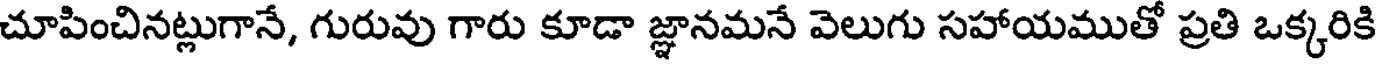
చూపించినట్లుగానే, గురువు గారు కూడా జ్ఞానమనే వెలుగు సహాయముతో ప్రతి ఒక్కరికి